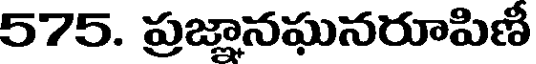
575. ప్రజ్ఞానఘనరూపిణీ